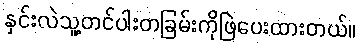
နှင်းလဲသူ့တင်ပါးတခြမ်းကိုဖြဲပေးထားတယ်။